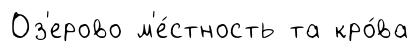
Оз'ерово м'е́стность та кро́ва